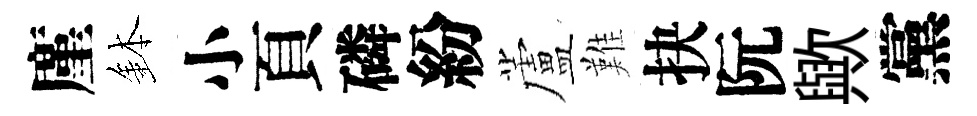
廑鉢小頁磷紛蘆難抉阮歟黨